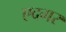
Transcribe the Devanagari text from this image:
एदगर